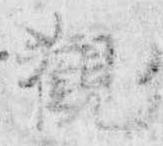
観